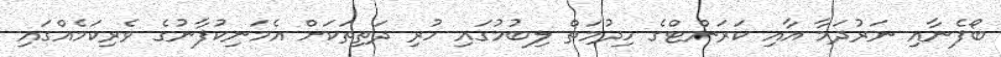
ބޯފެނާއި ނަރުދަމާ އާއި ކަރަންޓްގެ ހިދުމަތް ލިބުމުގައި ހުރި ދަތިތަކަށް އެމަނިކުފާނުގެ ވެރިކަމެއްގައި